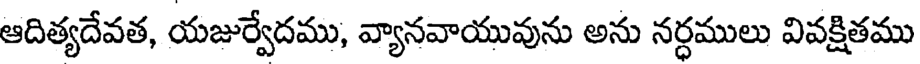
ఆదిత్యదేవత, యజుర్వేదము, వ్యానవాయువును అను నర్ధములు వివక్షితము